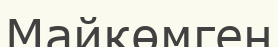
Майкөмген